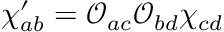
\chi _ { a b } ^ { \prime } = \mathcal { O } _ { a c } \mathcal { O } _ { b d } \chi _ { c d }